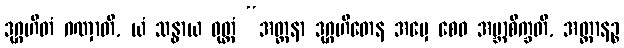
ဒုဂ္ဂဟိတံ ဂဏှာတိ, ယံ သန္ဓာယ ဝုတ္တံ “အတ္တနာ ဒုဂ္ဂဟိတေန အမှေ စေဝ အဗ္ဘာစိက္ခတိ, အတ္တာနဉ္စ